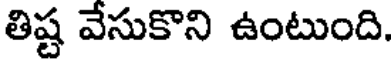
తిష్ట వేసుకొని ఉంటుంది.